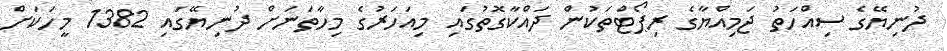
ދުނިޔޭގެ ސިއްހަތު ޖަމިއްޔާގެ ރިޕޯޓްތަކުން ދައްކާގޮތުގައި މިއަހަރުގެ މިހާތަނަށް ދުނިޔޭގައި 1382 މީހަކަށް